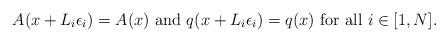
LaTeX: \begin{align*} A(x+L_{i}\epsilon_i)=A(x) \hbox{ and } q(x+L_{i}\epsilon_i)=q(x) \hbox{ for all } i\in [1,N].\end{align*}